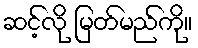
ဆင့်လို မြတ်မည်ကို။